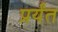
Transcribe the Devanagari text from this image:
प्रर्यंत